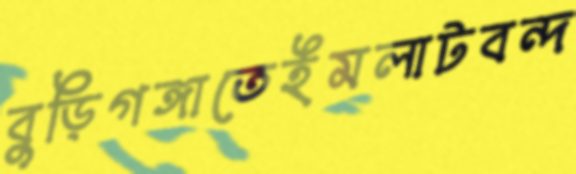
বুড়িগঙ্গাতেইমলাটবন্দ